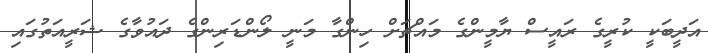
އަދީބަކީ ކުރީގެ ރައީސް ޔާމީންގެ މައްޗަށް ހިންގާ މަނީ ލޯންޑަރިންގެ ދައުވާގެ ޝަރީއަތުގައި